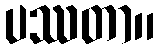
ပဿတာ။